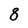
Character: 8